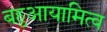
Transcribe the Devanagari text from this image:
बहुआयामित्व